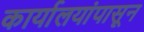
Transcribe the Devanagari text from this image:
कार्यालयांपासून